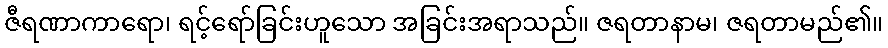
ဇီရဏာကာရော၊ ရင့်ရော်ခြင်းဟူသော အခြင်းအရာသည်။ ဇရတာနာမ၊ ဇရတာမည်၏။